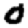
Digit: 0